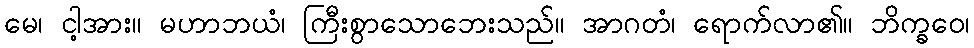
မေ၊ ငါ့အား။ မဟာဘယံ၊ ကြီးစွာသောဘေးသည်။ အာဂတံ၊ ရောက်လာ၏။ ဘိက္ခဝေ၊